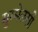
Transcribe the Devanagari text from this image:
मुम्मेलसी